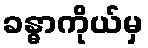
ခန္ဓာကိုယ်မှ